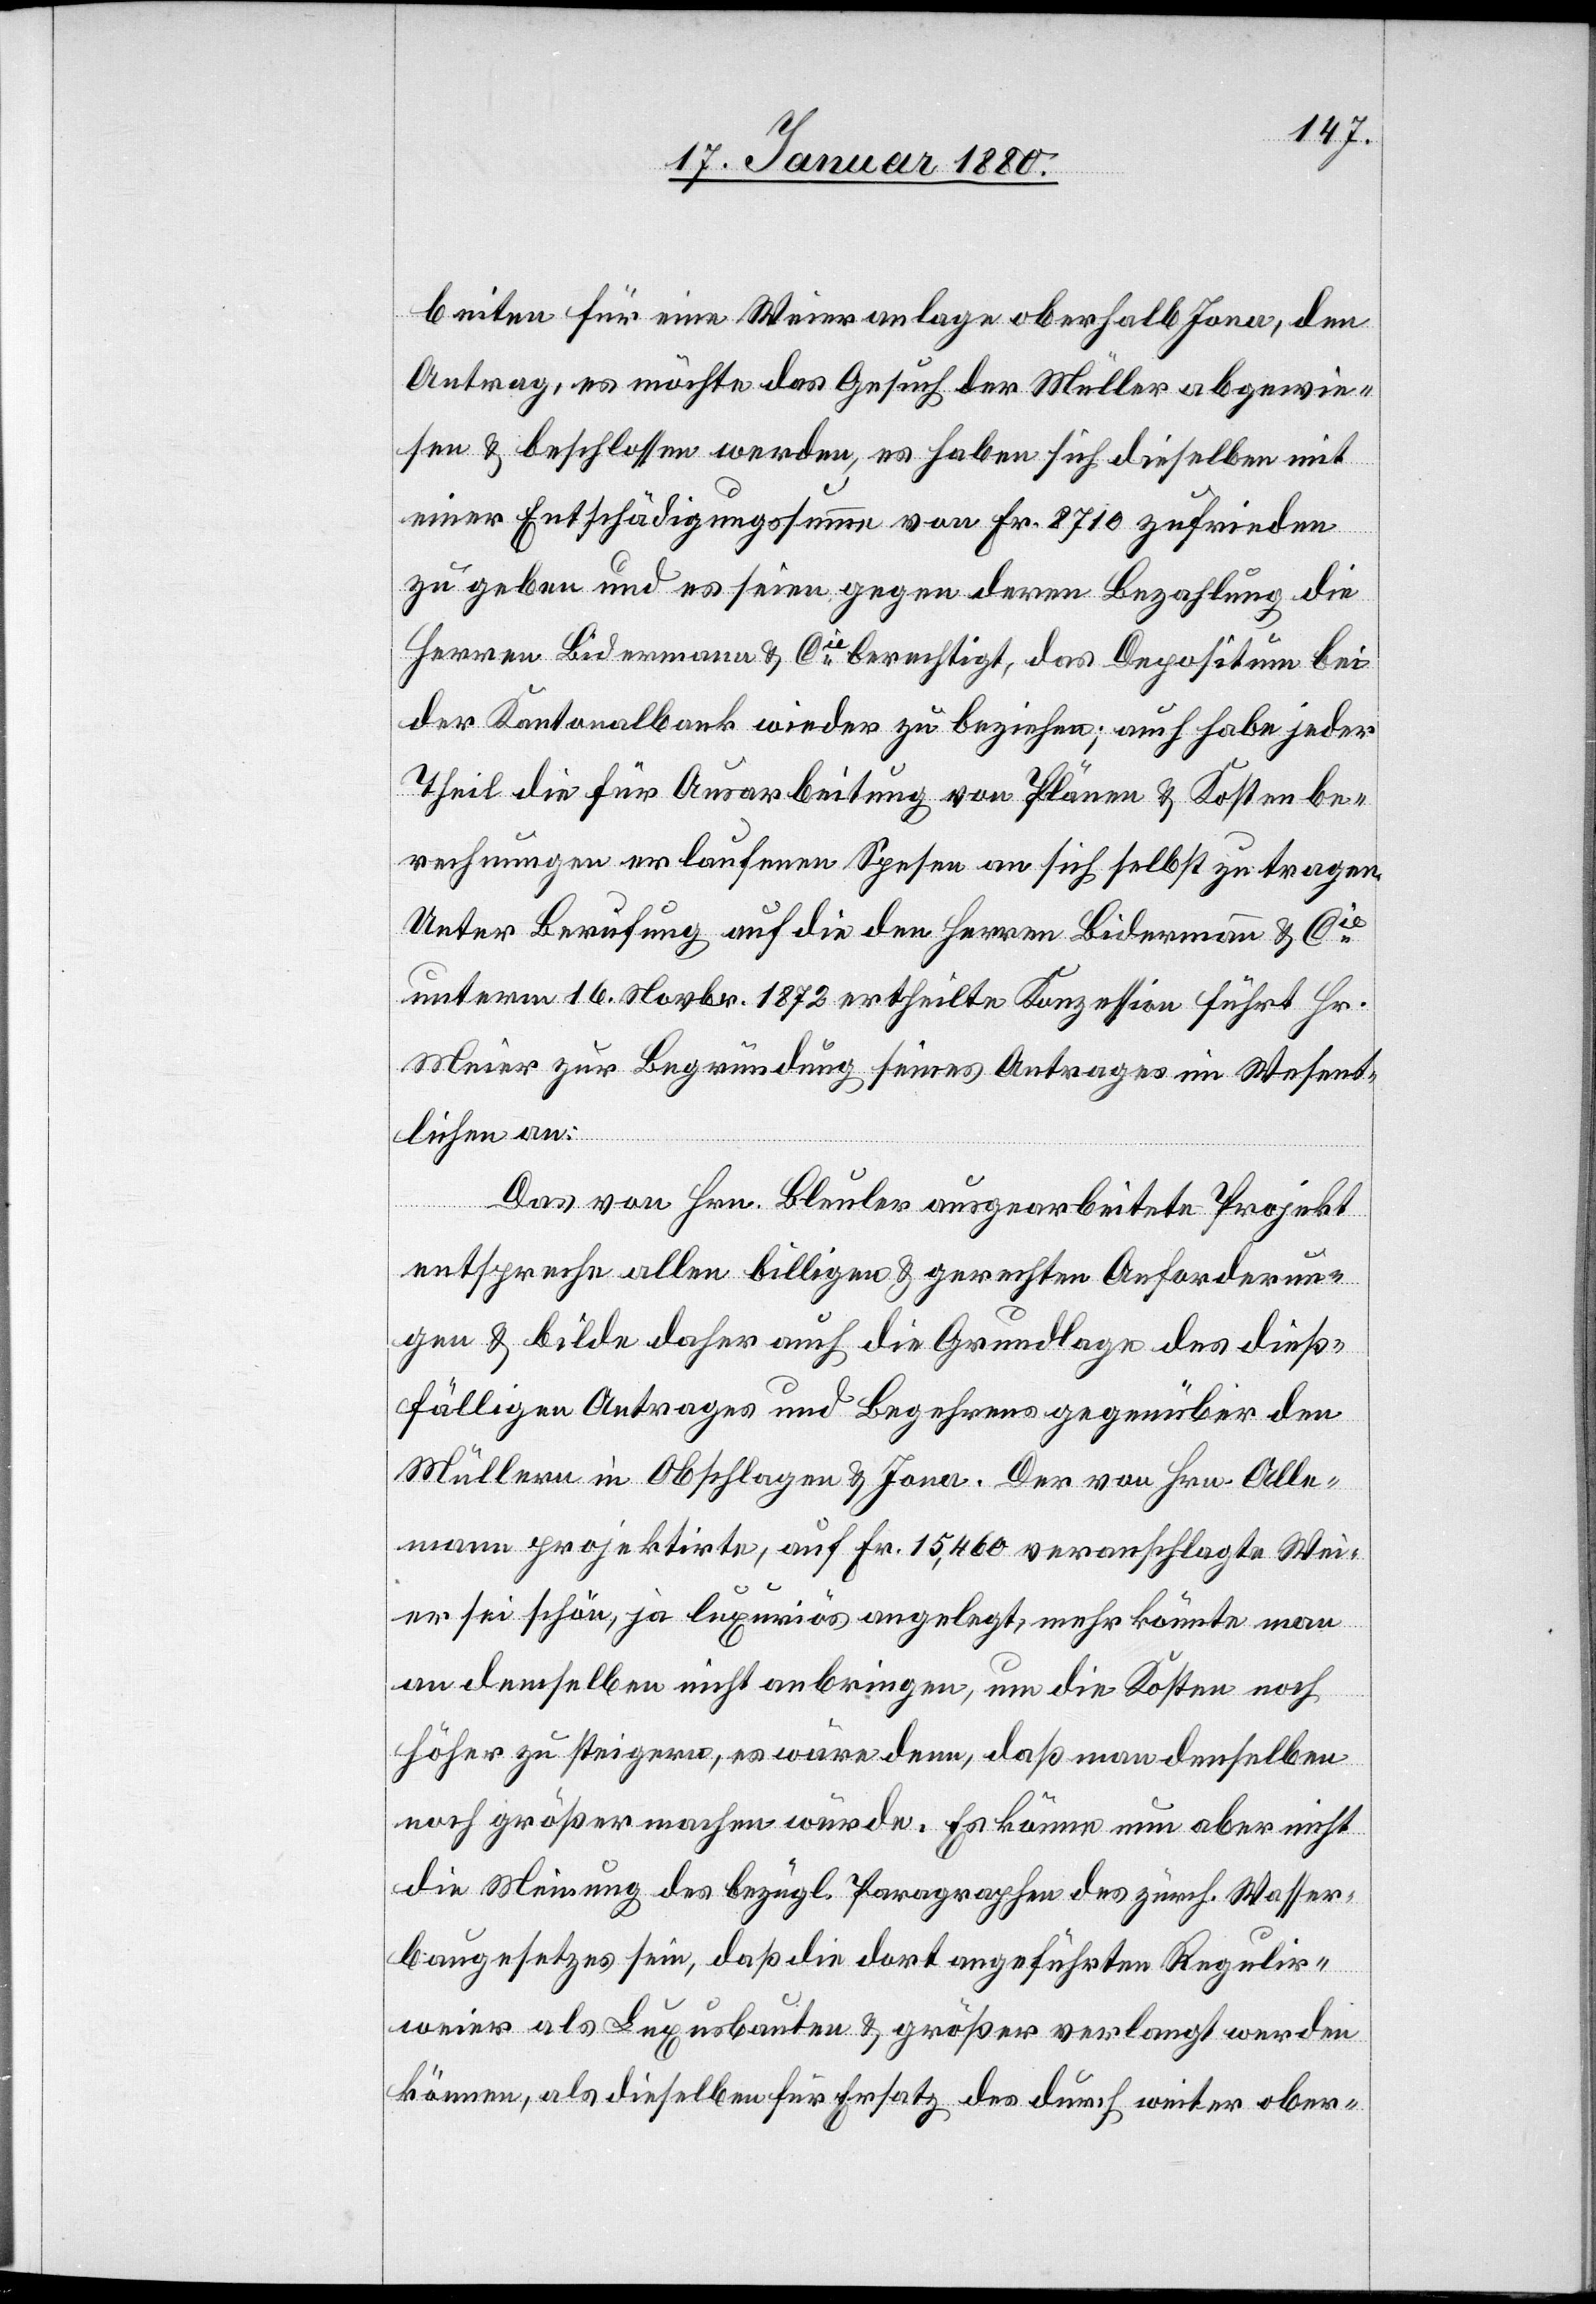
beiten für eine Weieranlage oberhalb Jona, den
Antrag, es möchte das Gesuch der Müller abgewie¬
sen & beschlossen werden, es haben sich dieselben mit
einer Entschädigungssumme von Fr. 8710 zufrieden
zu geben und es seien gegen deren Bezahlung die
Herren Bidermann & Cie berechtigt, das Depositum bei
der Kantonalbank wieder zu beziehen; auch habe jeder
Theil die für Ausarbeitung von Plänen & Kostenbe¬
rechnungen erlaufenen Spesen an sich selbst zu tragen.
Unter Berufung auf die den Herren Bidermann & Cie
unterm 16. Novbr. 1872 ertheilte Konzession führt Hr.
Meier zur Begründung seines Antrages im Wesent¬
lichen an:
Das von Hrn. Bleuler ausgearbeitete Projekt
entspreche allen billigen & gerechten Anforderun¬
gen & bilde daher auch die Grundlage des dieß¬
fälligen Antrages und Begehrens gegenüber den
Müllern in Obschlagen & Jona. Der von Hrn. Alle¬
mann projektirte, auf Fr. 15, 460 veranschlagte Wei¬
er sei schön, ja luxuriös angelegt, mehr könnte man
an demselben nicht anbringen, um die Kosten noch
höher zu steigern, es wäre denn, daß man denselben
noch größer machen würde. Es könne nun aber nicht
die Meinung des bezügl. Paragraphen des zürch. Wasser¬
baugesetzes sein, daß die dort angeführten Regulir¬
weier als Luxusbauten & größer verlangt werden
können, als dieselben für Ersatz des durch weiter ober-